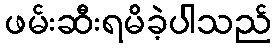
ဖမ်းဆီးရမိခဲ့ပါသည်